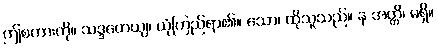
ဤစကားကို။ သဒ္ဒဟေယျ၊ ယုံကြည်ရာ၏။ သော၊ ထိုသူသည်။ န အတ္ထိ၊ မရှိ။